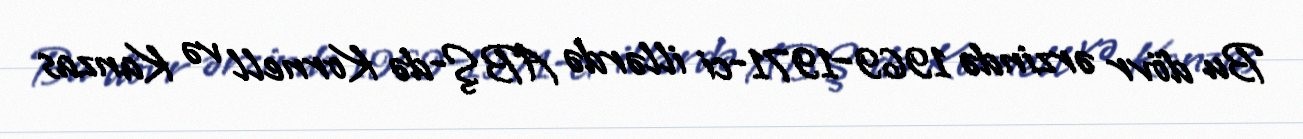
Bu dövr ərzində 1969–1971-ci illərdə ABŞ-də Kornell və Kanzas